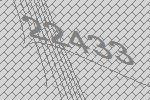
22433